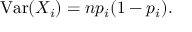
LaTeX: \operatorname { V a r } ( X _ { i } ) = n p _ { i } ( 1 - p _ { i } ) .